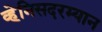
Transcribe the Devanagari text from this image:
व्हेनिसदरम्यान